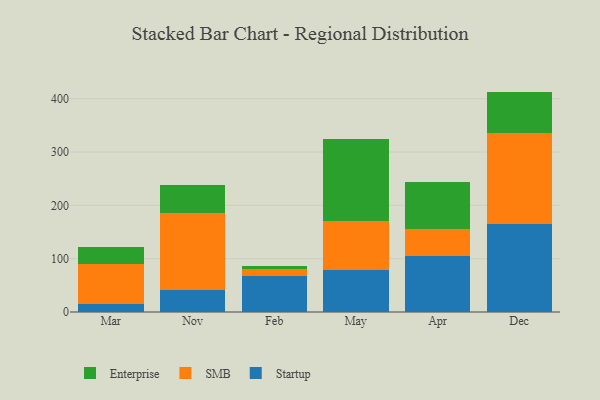
{"axis": {"x": "Month", "y": "Inventory Turnover"}, "legend": ["Enterprise", "SMB", "Startup"], "data": [{"x": "Mar", "y": 15.2, "type": "Startup"}, {"x": "Mar", "y": 75.3, "type": "SMB"}, {"x": "Mar", "y": 31.1, "type": "Enterprise"}, {"x": "Nov", "y": 41.2, "type": "Startup"}, {"x": "Nov", "y": 143.9, "type": "SMB"}, {"x": "Nov", "y": 53.9, "type": "Enterprise"}, {"x": "Feb", "y": 68.0, "type": "Startup"}, {"x": "Feb", "y": 12.8, "type": "SMB"}, {"x": "Feb", "y": 5.0, "type": "Enterprise"}, {"x": "May", "y": 79.3, "type": "Startup"}, {"x": "May", "y": 91.4, "type": "SMB"}, {"x": "May", "y": 153.2, "type": "Enterprise"}, {"x": "Apr", "y": 105.0, "type": "Startup"}, {"x": "Apr", "y": 49.9, "type": "SMB"}, {"x": "Apr", "y": 88.0, "type": "Enterprise"}, {"x": "Dec", "y": 164.7, "type": "Startup"}, {"x": "Dec", "y": 171.0, "type": "SMB"}, {"x": "Dec", "y": 77.6, "type": "Enterprise"}]}